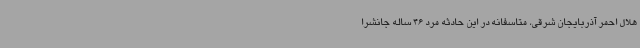
هلال احمر آذربایجان شرقی، متاسفانه در این حادثه مرد 46 ساله جانشرا